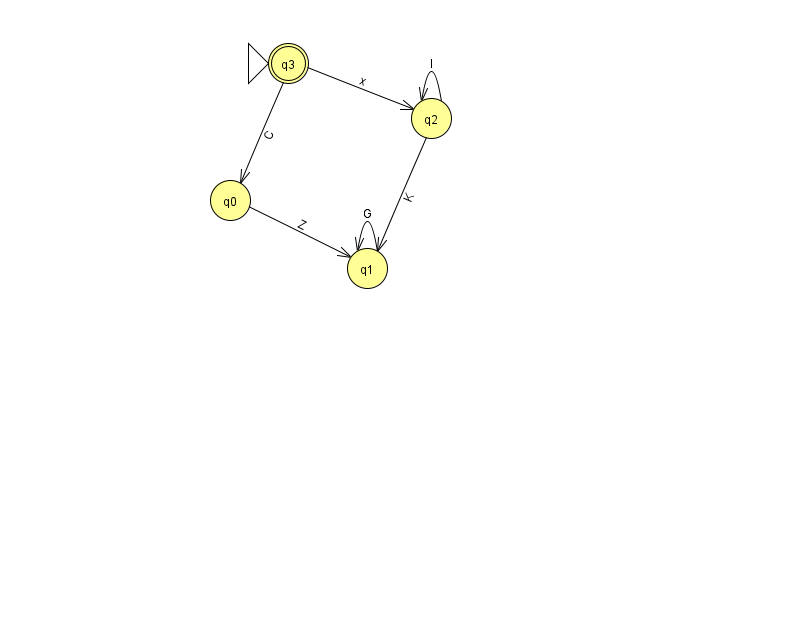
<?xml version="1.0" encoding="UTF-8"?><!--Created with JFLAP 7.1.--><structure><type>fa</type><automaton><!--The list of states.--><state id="0" name="q0"><x>230.0</x><y>187.0</y></state><state id="1" name="q1"><x>367.0</x><y>255.0</y></state><state id="2" name="q2"><x>431.0</x><y>105.0</y></state><state id="3" name="q3"><x>288.0</x><y>50.0</y><initial/><final/></state><!--The list of transitions.--><transition><from>0</from><to>1</to><read>Z</read></transition><transition><from>3</from><to>0</to><read>C</read></transition><transition><from>1</from><to>1</to><read>G</read></transition><transition><from>2</from><to>1</to><read>K</read></transition><transition><from>2</from><to>2</to><read>I</read></transition><transition><from>3</from><to>2</to><read>x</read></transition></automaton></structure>